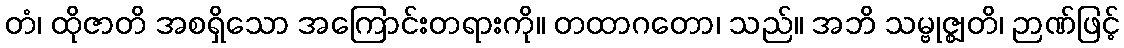
တံ၊ ထိုဇာတိ အစရှိသော အကြောင်းတရားကို။ တထာဂတော၊ သည်။ အဘိ သမ္ဗုဇ္ဈတိ၊ ဉာဏ်ဖြင့်